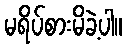
မရိပ်စားမိခဲ့ပါ။